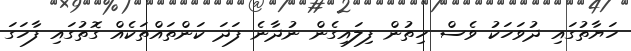
ހަޔާތުގައި ދުވަހަކު ވެސް ހިތުން ފިލައިގެން ނުދާނެ ފަދަ ކަންތައްތަކެއް ގޮތުގައި ފާހަގަ